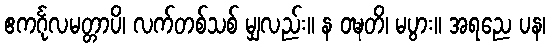
ဧကင်္ဂုလမတ္တာပိ၊ လက်တစ်သစ် မျှလည်း။ န ဝဍ္ဎတိ၊ မပွား။ အရညေ ပန၊